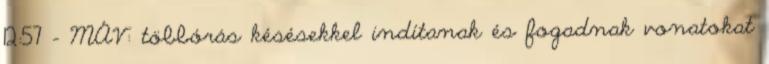
12:57 - MÁV: többórás késésekkel indítanak és fogadnak vonatokat